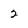
Character: 2